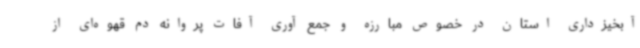
آبخیزداری استان در خصوص مبارزه و جمع آوری آفات پروانه دم قهوه‌ای از